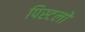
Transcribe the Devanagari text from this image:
पिस्टलों